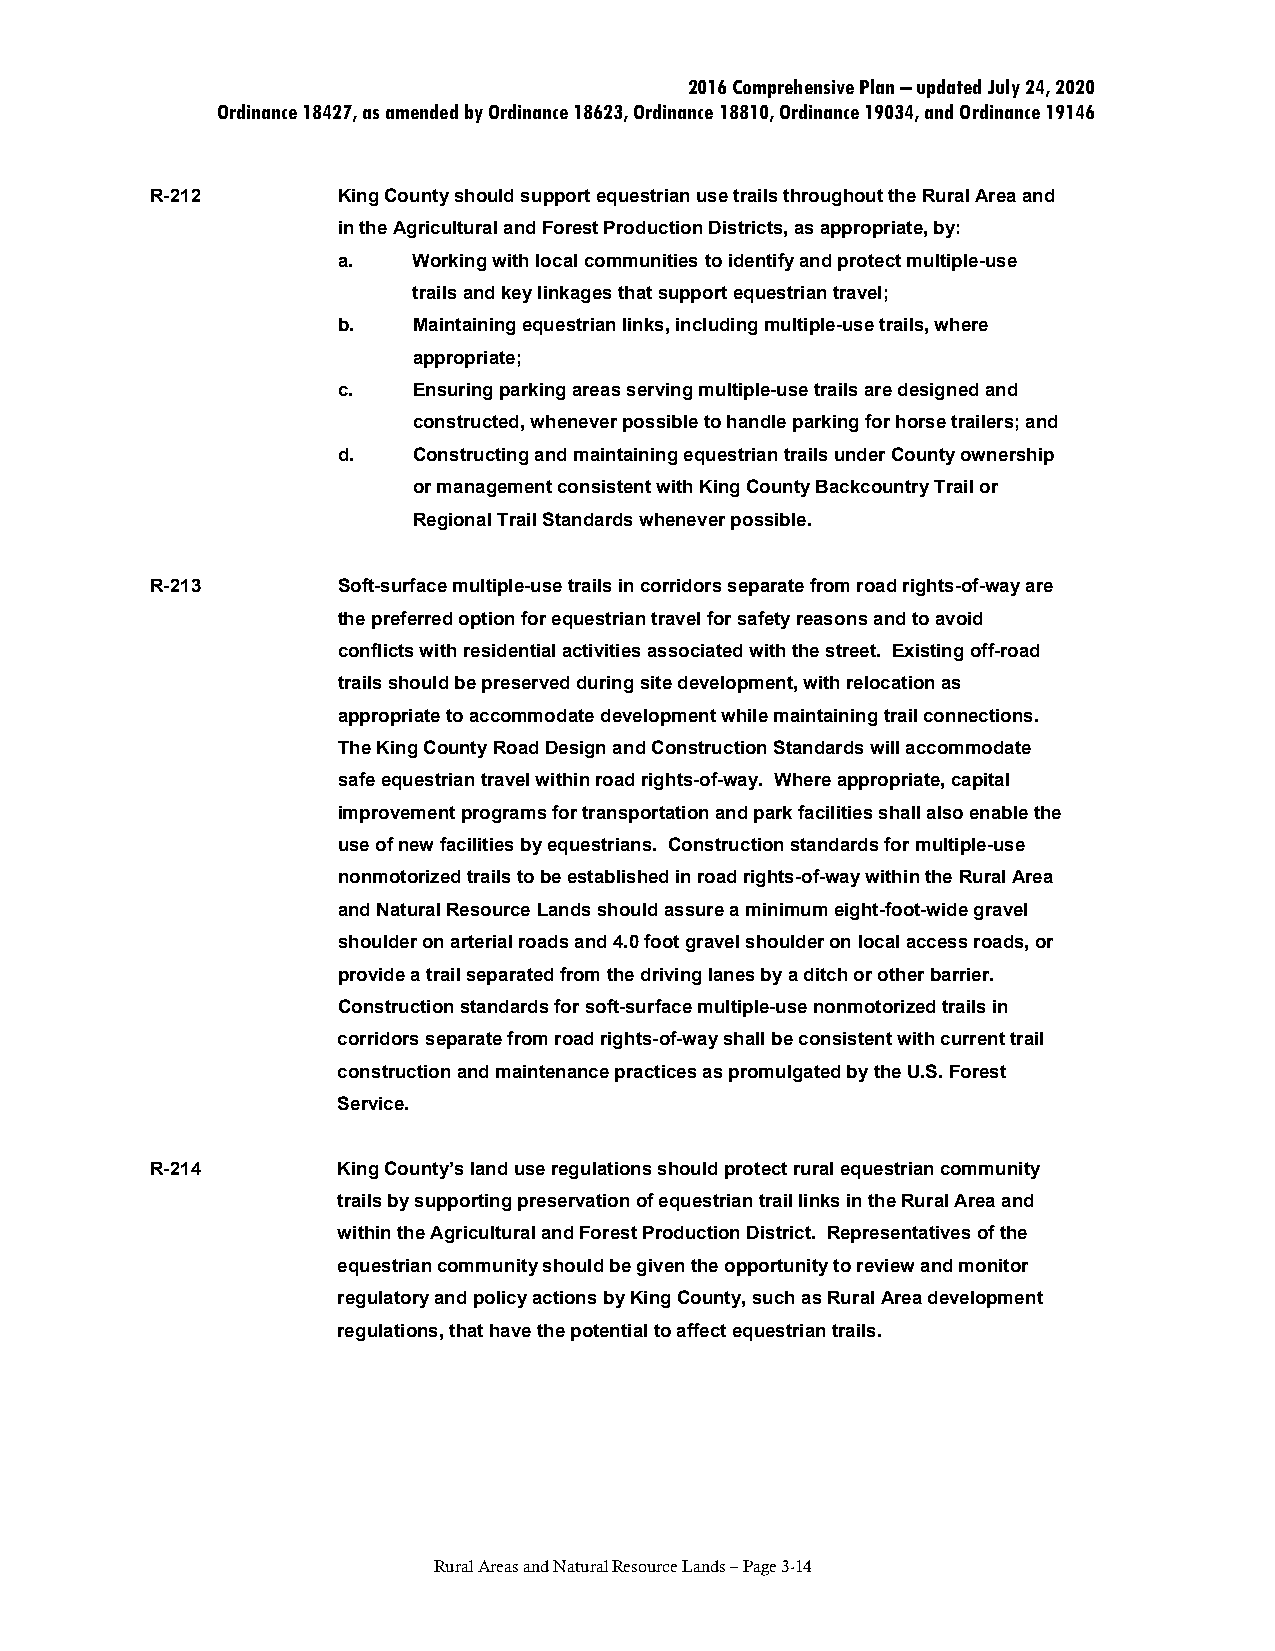
2016 Comprehensive Plan – updated July 24, 2020
 Ordinance 18427, as amended by Ordinance 18623, Ordinance 18810, Ordinance 19034, and Ordinance 19146
 R-212       King County should support equestrian use trails throughout the Rural Area and
 in the Agricultural and Forest Production Districts, as appropriate, by:
 a.   Working with local communities to identify and protect multiple-use
 trails and key linkages that support equestrian travel;
 b.   Maintaining equestrian links, including multiple-use trails, where
 appropriate;
 c.   Ensuring parking areas serving multiple-use trails are designed and
 constructed, whenever possible to handle parking for horse trailers; and
 d.   Constructing and maintaining equestrian trails under County ownership
 or management consistent with King County Backcountry Trail or
 Regional Trail Standards whenever possible.
 R-213       Soft-surface multiple-use trails in corridors separate from road rights-of-way are
 the preferred option for equestrian travel for safety reasons and to avoid
 conflicts with residential activities associated with the street. Existing off-road
 trails should be preserved during site development, with relocation as
 appropriate to accommodate development while maintaining trail connections.
 The King County Road Design and Construction Standards will accommodate
 safe equestrian travel within road rights-of-way. Where appropriate, capital
 improvement programs for transportation and park facilities shall also enable the
 use of new facilities by equestrians. Construction standards for multiple-use
 nonmotorized trails to be established in road rights-of-way within the Rural Area
 and Natural Resource Lands should assure a minimum eight-foot-wide gravel
 shoulder on arterial roads and 4.0 foot gravel shoulder on local access roads, or
 provide a trail separated from the driving lanes by a ditch or other barrier.
 Construction standards for soft-surface multiple-use nonmotorized trails in
 corridors separate from road rights-of-way shall be consistent with current trail
 construction and maintenance practices as promulgated by the U.S. Forest
 Service.
 R-214       King County’s land use regulations should protect rural equestrian community
 trails by supporting preservation of equestrian trail links in the Rural Area and
 within the Agricultural and Forest Production District. Representatives of the
 equestrian community should be given the opportunity to review and monitor
 regulatory and policy actions by King County, such as Rural Area development
 regulations, that have the potential to affect equestrian trails.
 Rural Areas and Natural Resource Lands – Page 3-14